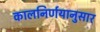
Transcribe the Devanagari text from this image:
कालनिर्णयानुसार